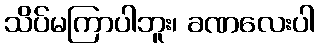
သိပ်မကြာပါဘူး၊ ခဏလေးပါ